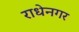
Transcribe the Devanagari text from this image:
राधेनगर